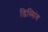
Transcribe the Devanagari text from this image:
डिस्सिंग